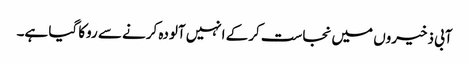
آبی ذخیروں میں نجاست کرکے انہیں آلودہ کرنے سے روکا گیا ہے۔